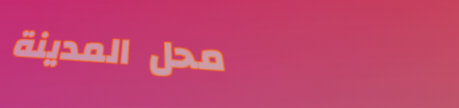
محل المدينة